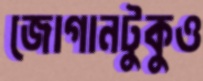
জোগানটুকুও